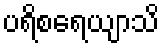
ပရိစရေယျာသိ